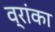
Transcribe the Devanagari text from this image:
व्रांका